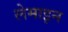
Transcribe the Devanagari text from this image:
लेमाइन